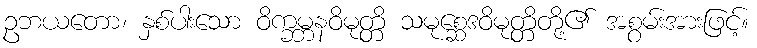
ဥဘယတော၊ နှစ်ပါးသော ဝိက္ခမ္ဘနဝိမုတ္တိ သမုစ္ဆေဒဝိမုတ္တိတို့၏ အစွမ်းအားဖြင့်။